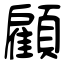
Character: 顧